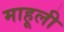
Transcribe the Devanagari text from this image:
माहूली